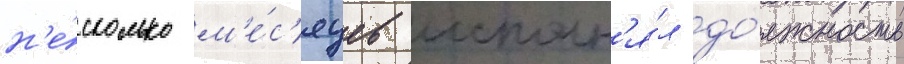
н'е́сколько м'е́с'яцев исполн'я́л до́лжность